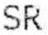
SR